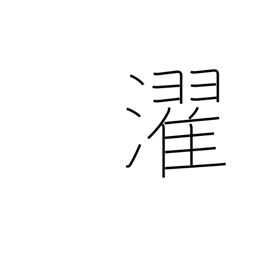
Meaning: laundry